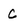
Character: C